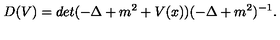
D ( V ) = d e t ( - \Delta + m ^ { 2 } + V ( x ) ) ( - \Delta + m ^ { 2 } ) ^ { - 1 } .